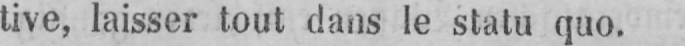
tive, laisser tout dans le statu quo.